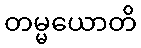
တမ္မယောတိ